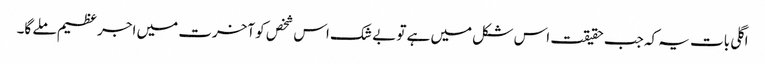
اگلی بات یہ کہ جب حقیقت اس شکل میں ہے تو بے شک اس شخص کو آخرت میں اجر عظیم ملے گا۔